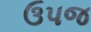
ઉપજ